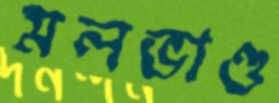
মলভাণ্ড